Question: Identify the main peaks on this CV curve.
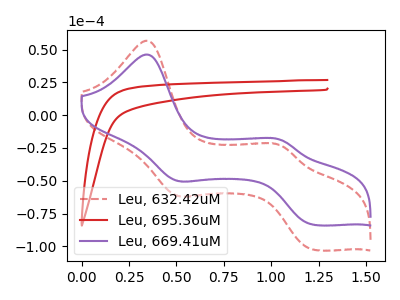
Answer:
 <answer>The red dashed curve "Leu, 632.42uM" has anodic peaks at (0.35V, 56.80uA) (1.05V, -23.50uA) and cathodic peaks at (0.50V, -61.15uA) (1.20V, -102.45uA). The red curve "Leu, 695.36uM" has no peaks. The purple curve "Leu, 669.41uM" has anodic peaks at (0.35V, 46.25uA) (1.05V, -19.15uA) and cathodic peaks at (0.50V, -49.80uA) (1.20V, -83.45uA).</answer>
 <eval></eval>